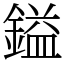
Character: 鎰